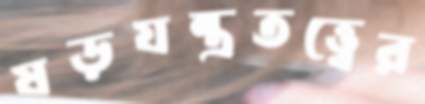
ষড়যন্ত্রতত্ত্বের